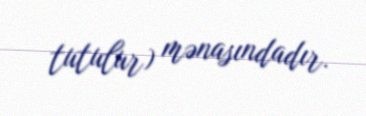
tutulur) mənasındadır.